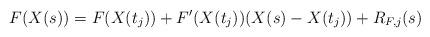
LaTeX: \begin{align*}F(X(s)) = F(X(t_j)) + F'(X(t_j)) (X(s) - X(t_j)) + R_{F,j}(s)\end{align*}